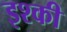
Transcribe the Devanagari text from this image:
इश्की